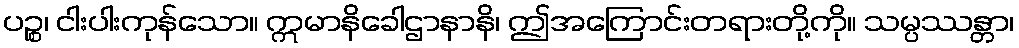
ပဉ္စ၊ ငါးပါးကုန်သော။ ဣမာနိခေါဌာနာနိ၊ ဤအကြောင်းတရားတို့ကို။ သမ္ပဿန္တာ၊